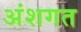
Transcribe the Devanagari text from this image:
अंशगत